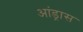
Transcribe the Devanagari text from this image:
आंड्रास